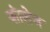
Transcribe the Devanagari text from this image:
कॊलेज